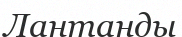
Лантанды